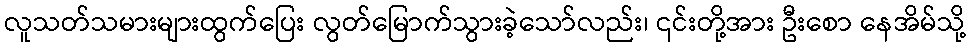
လူသတ်သမားများထွက်ပြေး လွတ်မြောက်သွားခဲ့သော်လည်း၊ ၎င်းတို့အား ဦးစော နေအိမ်သို့